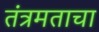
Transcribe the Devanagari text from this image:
तंत्रमताचा